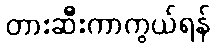
တားဆီးကာကွယ်ရန်